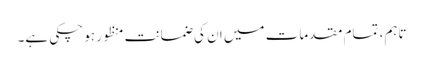
تاہم، تمام مقدمات میں ان کی ضمانت منظور ہو چکی ہے۔